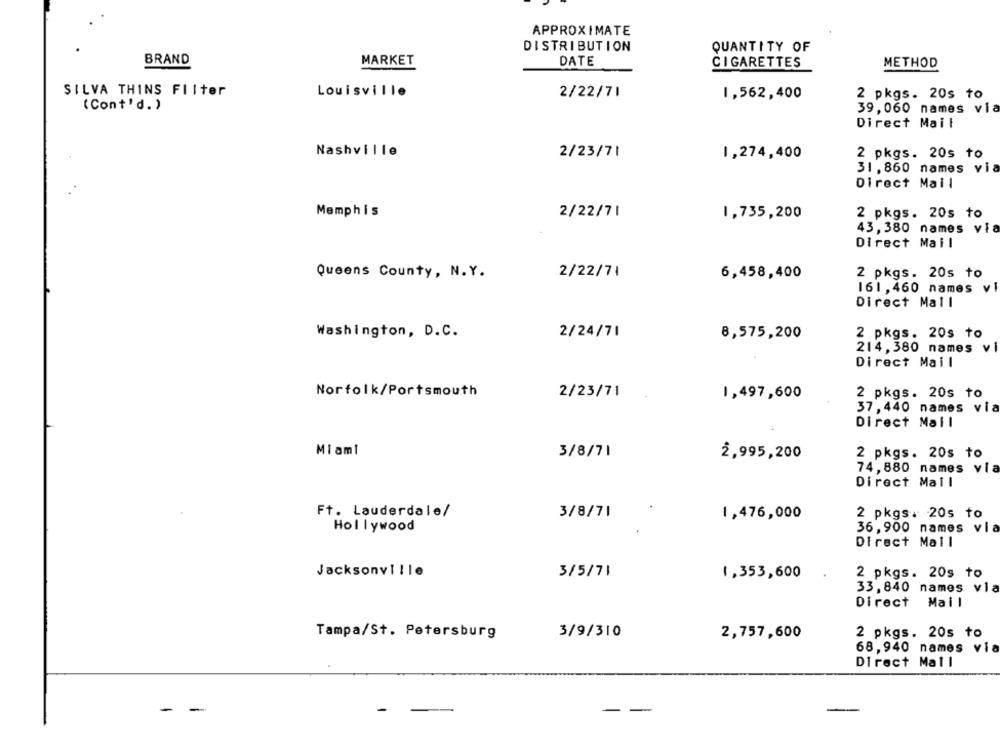
APPROXIMATE
DISTRIBUTION
QUANTITY OF
BRAND
MARKET
DATE
CIGARETTES
METHOD
SILVA THINS FIIter
Louisville
2/22/71
1,562,400
2 pkgs. 20s to
(Cont'd.)
39,060 names via
Direct Mail
Nashville
2/23/71
1,274,400
2 pkgs. 20s to
31, 860 names via
Direct Mail
Memphis
2/22/71
1,735,200
2 pkgs. 20s to
43, 380 names via
Direct Mail
Queens County, N.Y.
2/22/71
6,458,400
2 pkgs. 20s to
161,460 names vi
Direct Mall
Washington, D.C.
2/24/71
8,575,200
2 pkgs. 20s to
214, 380 names vi
Direct Mail
Norfolk/Portsmouth
2/23/71
1,497,600
2 pkgs. 20s to
37, 440 names via
Direct Mail
Miami
3/8/71
2,995,200
2 pkgs. 20s to
74,880 names via
Direct Mall
Ft. Lauderdale/
3/8/71
1,476,000
2 pkgs. 20s to
Hollywood
36, 900 names via
Direct Mail
Jacksonville
3/5/71
1,353,600
2 pkgs. 20s to
33, 840 names vla
Direct
Mail
Tampa/St. Petersburg
3/9/310
2,757,600
2 pkgs. 20s to
68, 940 names via
Direct Mail
-
-